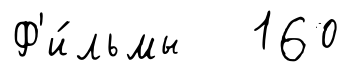
Ф'и́льмы 160